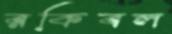
রকিবল